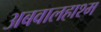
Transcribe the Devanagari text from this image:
अबवालहाश्म